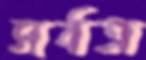
সর্বত্র